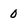
Character: 0